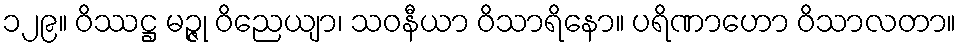
၁၂၉။ ဝိဿဋ္ဌ မဉ္ဇု ဝိညေယျာ၊ သဝနီယာ ဝိသာရိနော။ ပရိဏာဟော ဝိသာလတာ။